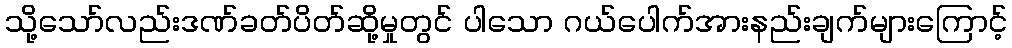
သို့သော်လည်းဒဏ်ခတ်ပိတ်ဆို့မှုတွင် ပါသော ဂယ်ပေါက်အားနည်းချက်များကြောင့်